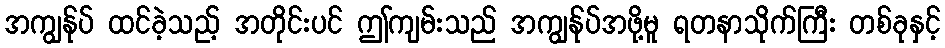
အကျွန်ုပ် ထင်ခဲ့သည့် အတိုင်းပင် ဤကျမ်းသည် အကျွန်ုပ်အဖို့မူ ရတနာသိုက်ကြီး တစ်ခုနှင့်